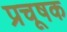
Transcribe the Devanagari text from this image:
प्रचूषक